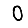
Digit: 0